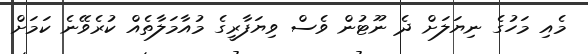
މެއި މަހުގެ ނިޔަލަށް ދެ ނޫޓުން ވެސް ވިޔަފާރީގެ މުއާމަލާތެއް ކުރެވޭނެ ކަމަށް